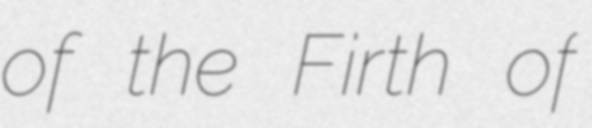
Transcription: of the Firth of